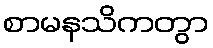
စာမနသိကတွာ